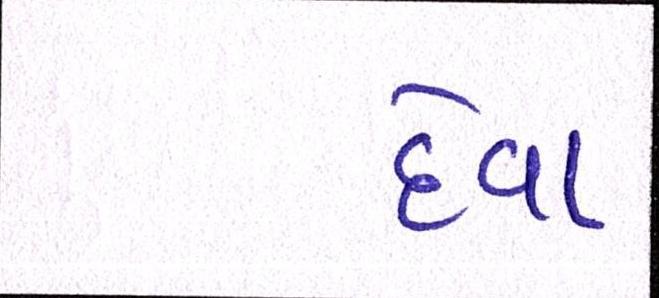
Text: દેવા